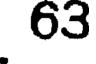
63